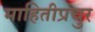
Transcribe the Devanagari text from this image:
माहितीप्रचुर